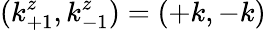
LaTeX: (k_{+1}^{z},k_{-1}^{z})=(+k,-k)